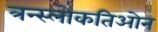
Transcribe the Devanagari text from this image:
त्रन्स्लोकतिओन